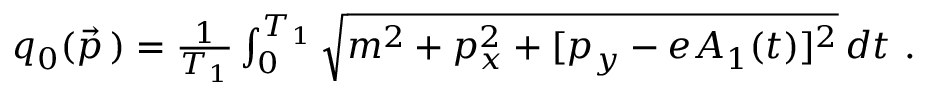
\begin{array} { r } { q _ { 0 } ( \vec { p } \, ) = \frac { 1 } { T _ { 1 } } \int _ { 0 } ^ { T _ { 1 } } \sqrt { m ^ { 2 } + p _ { x } ^ { 2 } + [ p _ { y } - e A _ { 1 } ( t ) ] ^ { 2 } } \, d t \ . } \end{array}